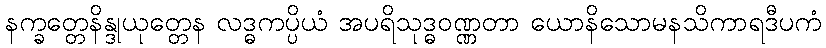
နက္ခတ္တေနိန္ဒုယုတ္တေန လဒ္ဓကပ္ပိယံ အပရိသုဒ္ဓဝဏ္ဏတာ ယောနိသောမနသိကာရဒီပကံ